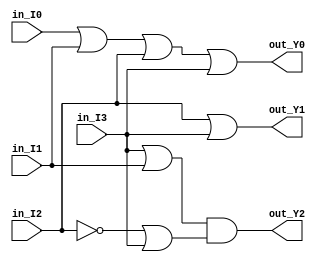
`timescale 1ns / 1ps
module alarm (
    input  in_I0,
    input  in_I1,
    input  in_I2,
    input  in_I3,
    output out_Y0,
    output out_Y1,
    output out_Y2
);
  assign out_Y0 = in_I0 | in_I1 | in_I2 | in_I3;
  assign out_Y1 = in_I2 | in_I3;
  assign out_Y2 = (in_I3 | in_I1) & (~in_I2 | in_I3);
endmodule